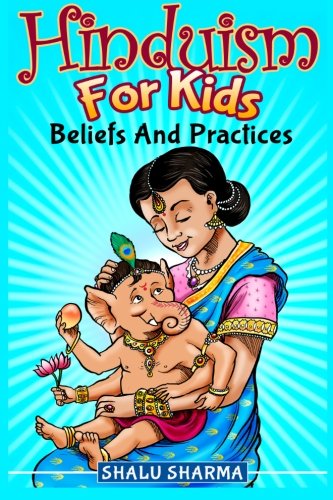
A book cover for Hinduism For Kids: Beliefs And Practices; Shalu Sharma; Religion & Spirituality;